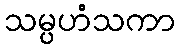
သမ္ပဟံသကာ